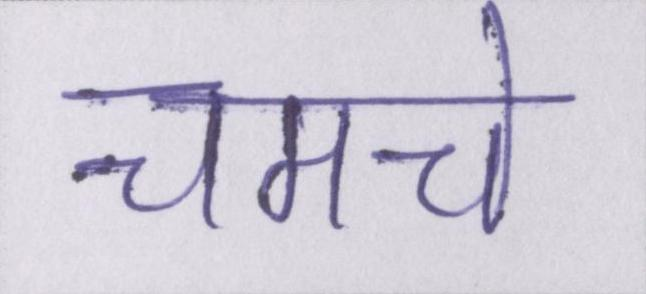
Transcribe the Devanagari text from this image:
चमचे